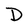
Character: D